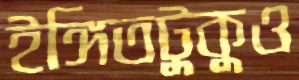
ইঙ্গিতটুকুও